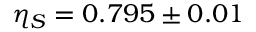
\eta _ { S } = 0 . 7 9 5 \pm 0 . 0 1